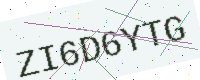
Text: ZI6D6YTG